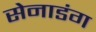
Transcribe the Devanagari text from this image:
सेनाडंग